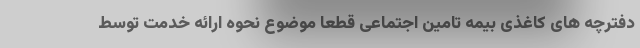
دفترچه های کاغذی بیمه تامین اجتماعی قطعا موضوع نحوه ارائه خدمت توسط